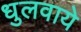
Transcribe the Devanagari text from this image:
धुलवाये